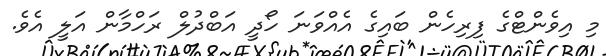
މި އިވެންޓްގެ ފިރިހެން ބައިގެ އެއްވަނަ ހޯދީ އަބްދުލް ރަހްމާން އަލީ އެވެ.